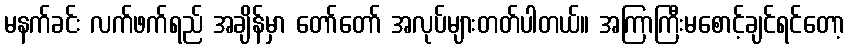
မနက်ခင်း လက်ဖက်ရည် အချိန်မှာ တော်တော် အလုပ်များတတ်ပါတယ်။ အကြာကြီးမစောင့်ချင်ရင်တော့